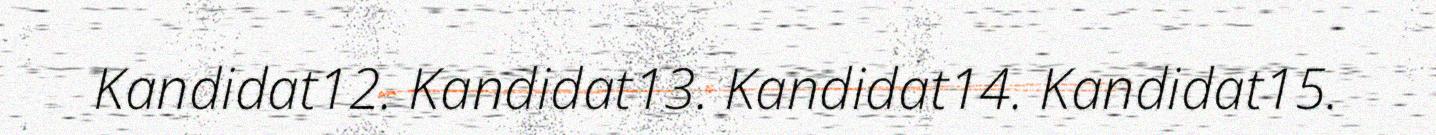
Kandidat12. Kandidat13. Kandidat14. Kandidat15.